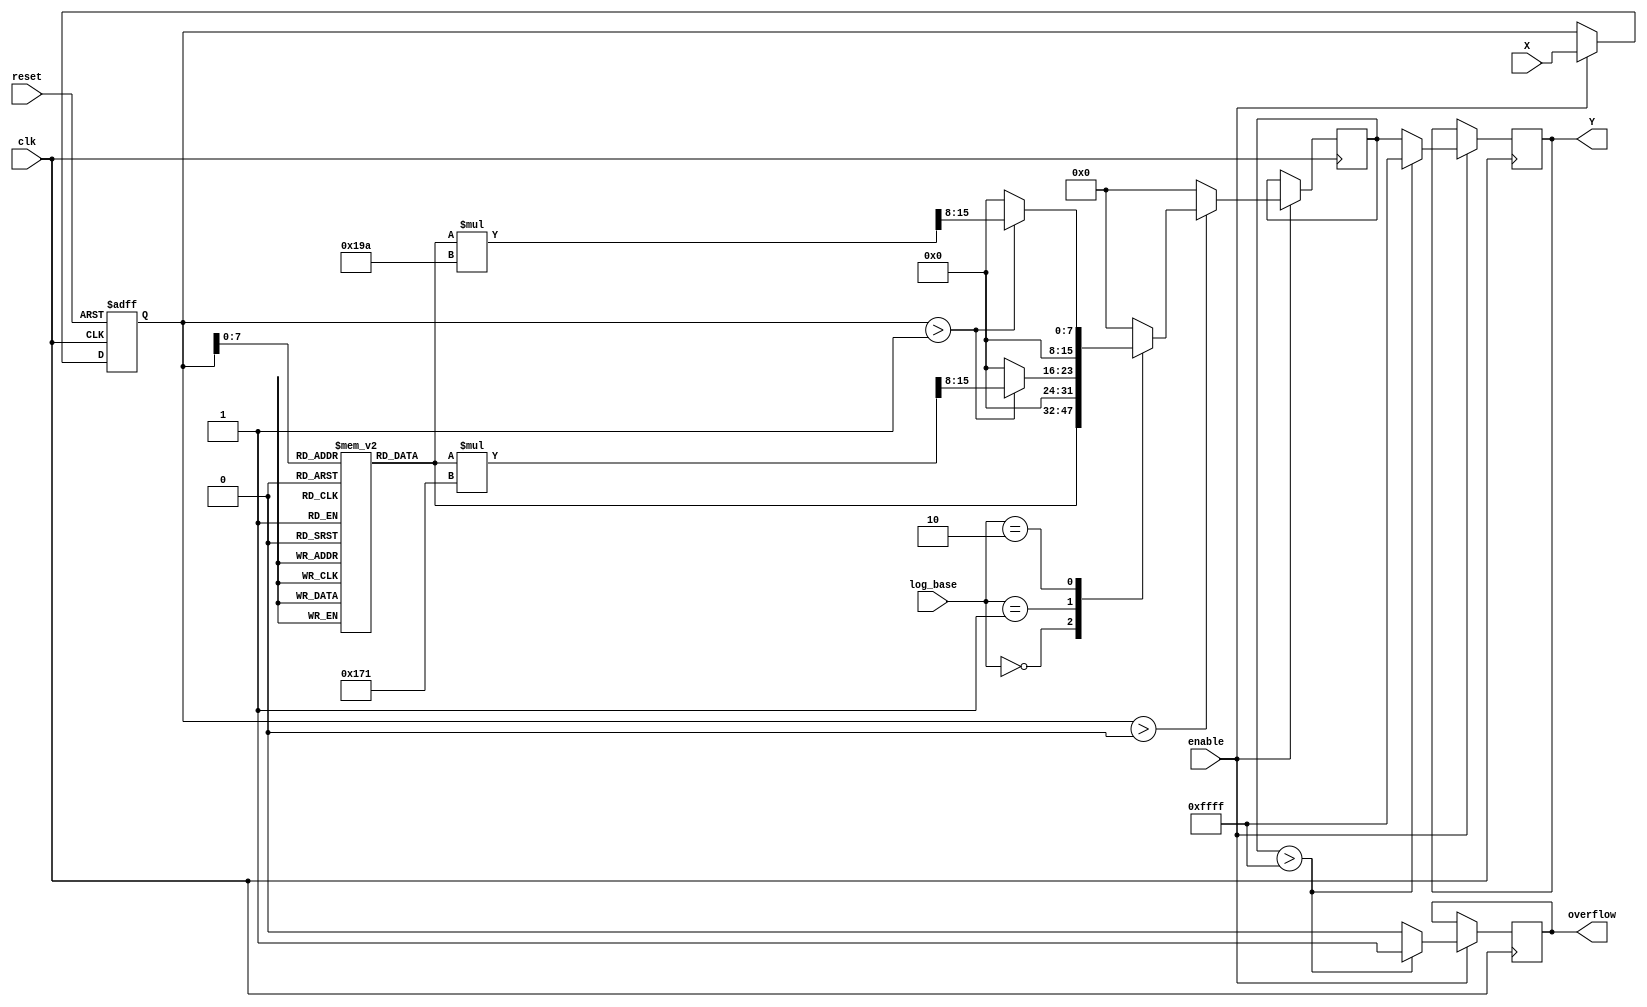
module LogarithmicScalingCircuit (
    input wire clk,                 // Clock signal
    input wire reset,               // Reset signal
    input wire enable,              // Enable signal
    input wire [15:0] X,            // Input Data (16-bit)
    input wire [1:0] log_base,      // Control signals for logarithm base: 00 - base 2, 01 - base e, 10 - base 10
    output reg [15:0] Y,            // Logarithmic Output (16-bit)
    output reg overflow              // Overflow flag
);

// Internal signals
reg [15:0] log_value;
reg [15:0] input_data;

// Logarithm lookup table (for base 2, base e, base 10)
// This is a simplified example; real applications would require more extensive data and interpolation
reg [15:0] log_lut [0:255]; // LUT for input values 0-255

// Initialize the logarithm lookup table
initial begin
    // Populate the LUT with logarithm values (base 2 for simplicity)
    // Example values, real scenario would need accurate calculations
    log_lut[0] = 16'h0000; // log(1) = 0
    log_lut[1] = 16'h0000; // log(0) = undefined (handled separately)
    log_lut[2] = 16'h0001; // log(2) = 1
    log_lut[3] = 16'h0001; // log(3) = ~1.585
    log_lut[4] = 16'h0002; // log(4) = 2
    // Continue filling the LUT for values 0-255...
end

// Input stage
always @(posedge clk or posedge reset) begin
    if (reset) begin
        input_data <= 16'b0;
    end else if (enable) begin
        input_data <= X;
    end
end

// Logarithmic Calculation Unit
always @(posedge clk) begin
    if (enable) begin
        if (input_data > 0) begin
            case (log_base)
                2'b00: log_value <= log_lut[input_data[7:0]]; // Base 2
                2'b01: log_value <= (input_data > 1) ? (log_lut[input_data[7:0]] * 16'h171) >> 8 : 16'h0000; // Base e approx
                2'b10: log_value <= (input_data > 1) ? (log_lut[input_data[7:0]] * 16'h19A) >> 8 : 16'h0000; // Base 10 approx
                default: log_value <= 16'h0000; // Default case
            endcase
        end else begin
            log_value <= 16'h0000; // Log(0) case
        end
    end
end

// Output stage
always @(posedge clk) begin
    if (enable) begin
        if (log_value > 16'hFFFF) begin
            Y <= 16'hFFFF; // Cap output to maximum representable value
            overflow <= 1'b1; // Set overflow flag
        end else begin
            Y <= log_value; // Assign logarithmic value
            overflow <= 1'b0; // Clear overflow flag
        end
    end
end

endmodule